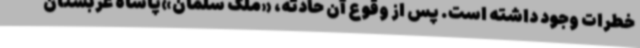
خطرات وجود داشته است. پس از وقوع آن حادثه، «ملک سلمان»پاشاه عربستان